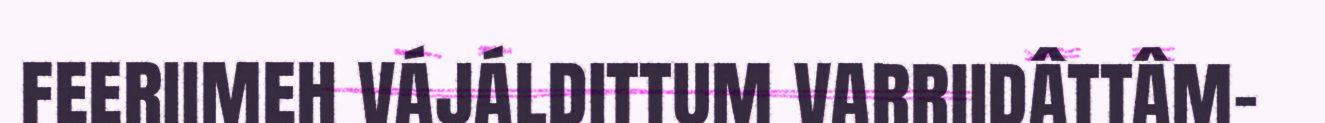
feeriimeh vájáldittum varriidâttâm-